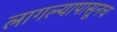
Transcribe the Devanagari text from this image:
लागल्यापासूनच